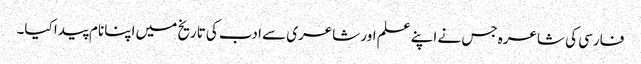
فارسی کی شاعرہ جس نے اپنے علم اور شاعری سے ادب کی تاریخ میں اپنا نام پیدا کیا۔